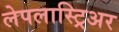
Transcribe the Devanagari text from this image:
लेपलास्ट्रिअर